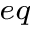
_ { e q }